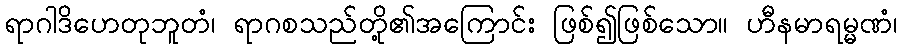
ရာဂါဒိဟေတုဘူတံ၊ ရာဂစသည်တို့၏အကြောင်း ဖြစ်၍ဖြစ်သော။ ဟီနမာရမ္မဏံ၊